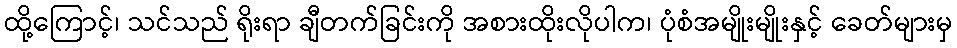
ထို့ကြောင့်၊ သင်သည် ရိုးရာ ချီတက်ခြင်းကို အစားထိုးလိုပါက၊ ပုံစံအမျိုးမျိုးနှင့် ခေတ်များမှ